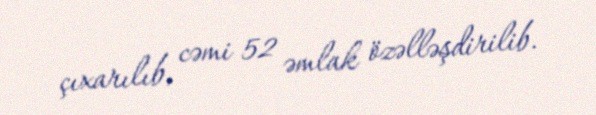
çıxarılıb, cəmi 52 əmlak özəlləşdirilib.